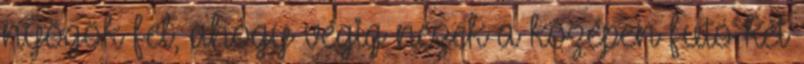
nyögök fel, ahogy végig nézek a középen futó két